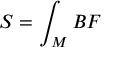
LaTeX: S = \int _ { M } B F